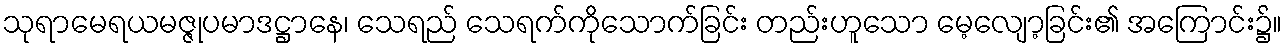
သုရာမေရယမဇ္ဇုပမာဒဋ္ဌာနေ၊ သေရည် သေရက်ကိုသောက်ခြင်း တည်းဟူသော မေ့လျော့ခြင်း၏ အကြောင်း၌။